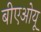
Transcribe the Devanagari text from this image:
बीएओयू